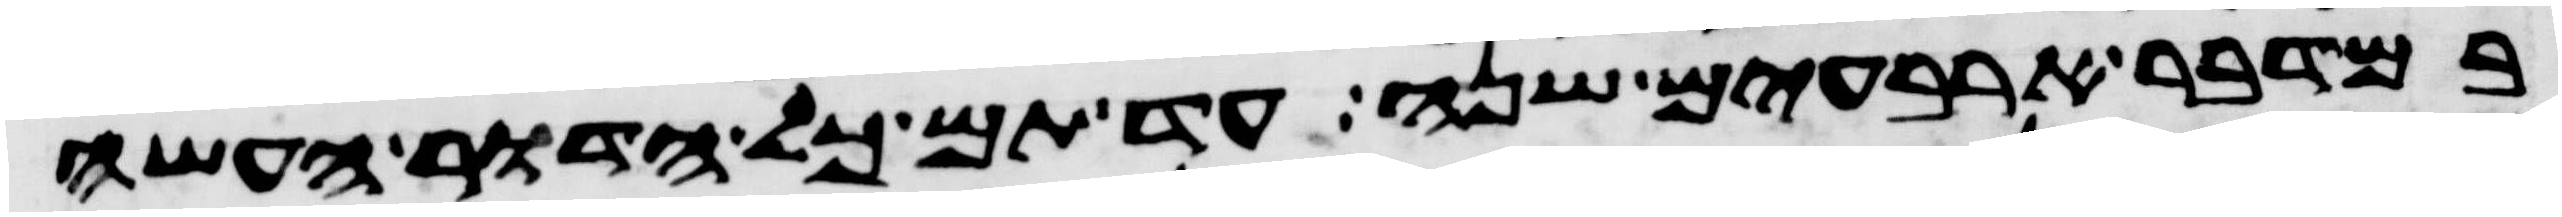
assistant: במדבר ארבעים שנה עד תם כל הדור העשה